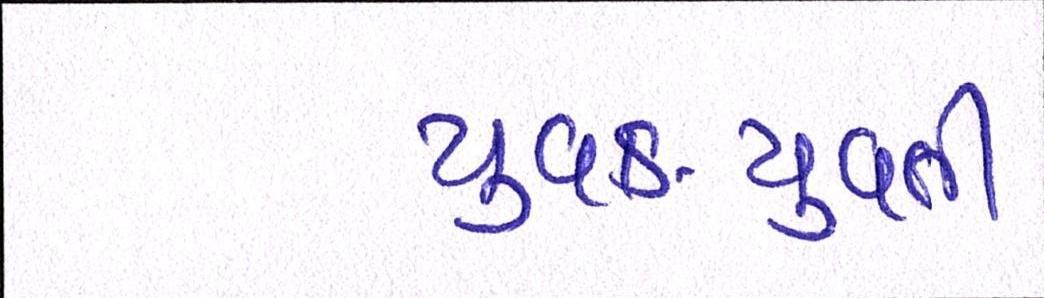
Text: યુવક-યુવતી